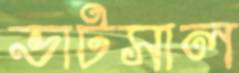
ভাটসাল